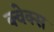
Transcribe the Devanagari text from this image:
क्वेक्स